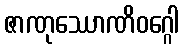
ဇာဏုဿောဏိဝဂ္ဂေါ